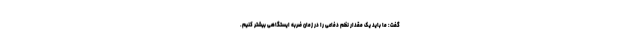
گفت: ما باید یک مقدار نظم دفاعی را در زمان ضربه ایستگاهی بیشتر کنیم.